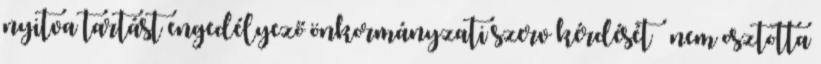
nyitva tartást engedélyező önkormányzati szerv kérdését – nem osztotta